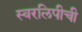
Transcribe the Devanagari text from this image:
स्वरलिपीची